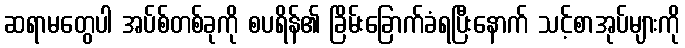
ဆရာမတွေပါ အပ်စ်တစ်ခုကို စပရိန်၏ ခြိမ်းခြောက်ခံရပြီးနောက် သင့်စာအုပ်များကို